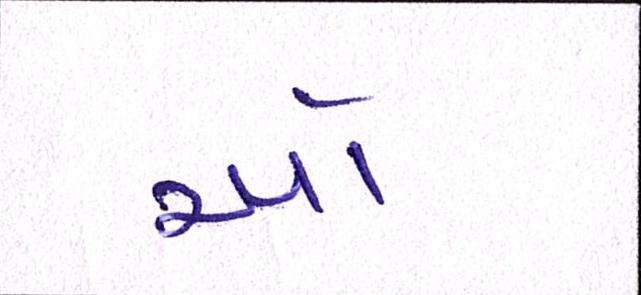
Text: ઓ